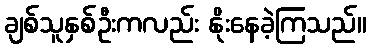
ချစ်သူနှစ်ဦးကလည်း နိုးနေခဲ့ကြသည်။